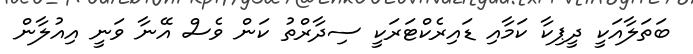
ބަތަލާއަކީ ދީޕިކާ ކަމާއި ޑައިރެކްޓަރަކީ ސިދާރްތު ކަން ވެސް އޭނާ ވަނީ އިއުލާން